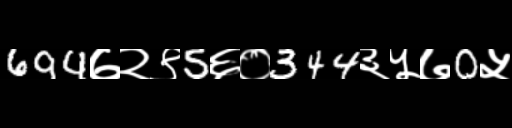
Text: 694७२९5६०344३५७0५